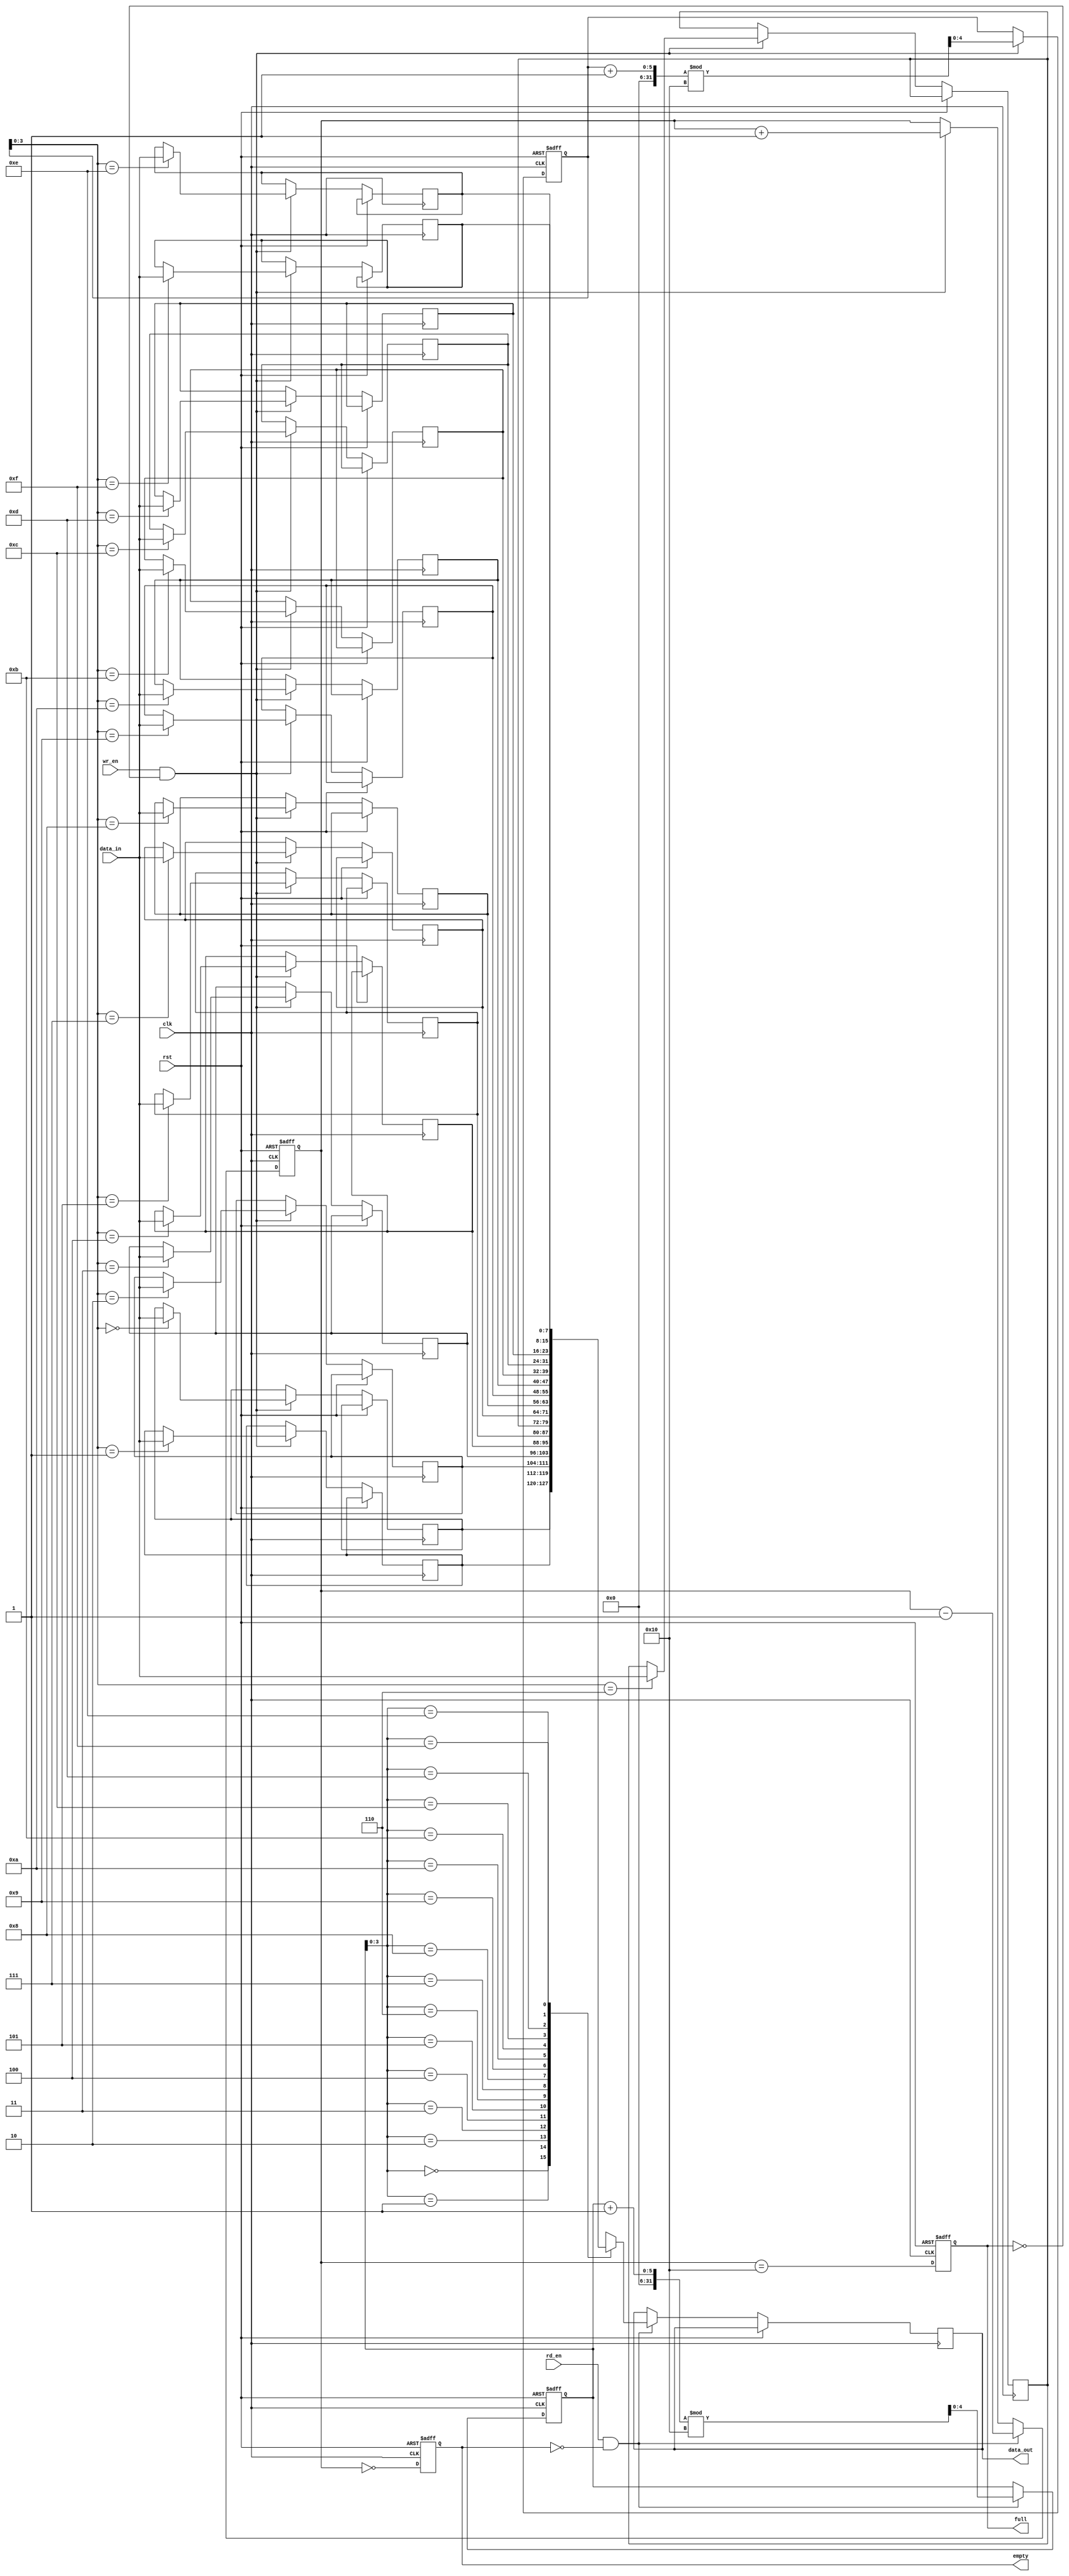
module fifo_sram #(
    parameter DEPTH = 16,  // Number of entries in the FIFO
    parameter WIDTH = 8    // Width of each entry in bits
)(
    input wire clk,          // Clock signal
    input wire rst,          // Asynchronous reset
    input wire wr_en,        // Write enable
    input wire rd_en,        // Read enable
    input wire [WIDTH-1:0] data_in, // Data input
    output reg [WIDTH-1:0] data_out, // Data output
    output reg full,         // FIFO full flag
    output reg empty         // FIFO empty flag
);

    // Internal variables
    reg [WIDTH-1:0] fifo_mem [0:DEPTH-1]; // FIFO memory array
    reg [4:0] wr_ptr;       // Write pointer
    reg [4:0] rd_ptr;       // Read pointer
    reg [4:0] count;        // Number of elements in the FIFO

    // Asynchronous reset
    always @(posedge clk or posedge rst) begin
        if (rst) begin
            wr_ptr <= 0;
            rd_ptr <= 0;
            count <= 0;
            full <= 0;
            empty <= 1;
        end else begin
            // Write operation
            if (wr_en && !full) begin
                fifo_mem[wr_ptr] <= data_in; // Write data
                wr_ptr <= (wr_ptr + 1) % DEPTH; // Increment write pointer
                count <= count + 1; // Increment count
            end

            // Read operation
            if (rd_en && !empty) begin
                data_out <= fifo_mem[rd_ptr]; // Read data
                rd_ptr <= (rd_ptr + 1) % DEPTH; // Increment read pointer
                count <= count - 1; // Decrement count
            end

            // Update full and empty flags
            full <= (count == DEPTH);
            empty <= (count == 0);
        end
    end
endmodule